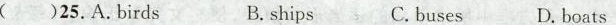
( )25.A.Birds B.ships C.buses D. boats